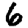
Digit: 6